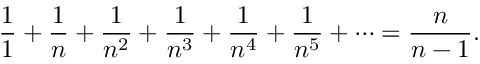
{ \frac { 1 } { 1 } } + { \frac { 1 } { n } } + { \frac { 1 } { n ^ { 2 } } } + { \frac { 1 } { n ^ { 3 } } } + { \frac { 1 } { n ^ { 4 } } } + { \frac { 1 } { n ^ { 5 } } } + \cdots = { \frac { n } { n - 1 } } .